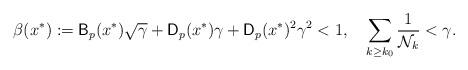
LaTeX: \begin{align*}\beta(x^*):=\mathsf{B}_p(x^*)\sqrt{\gamma}+\mathsf{D}_p(x^*)\gamma+\mathsf{D}_p(x^*)^2\gamma^2<1,\quad\sum_{k\ge k_0}\frac{1}{\mathcal{N}_k}<\gamma. \end{align*}